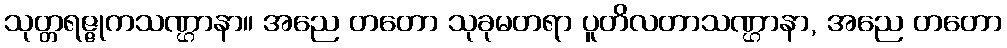
သုတ္တရဇ္ဇုကသဏ္ဌာနာ။ အညေ တတော သုခုမတရာ ပူတိလတာသဏ္ဌာနာ, အညေ တတော